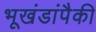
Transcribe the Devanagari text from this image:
भूखंडांपैकी